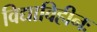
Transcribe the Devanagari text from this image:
विद्याविहीनः